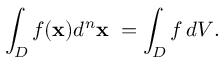
\int _ { D } f ( \mathbf { x } ) d ^ { n } \mathbf { x } \ = \int _ { D } f \, d V .